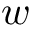
w